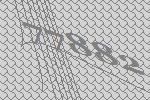
77882